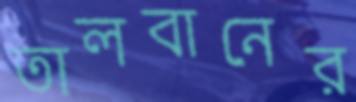
তালবানের